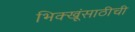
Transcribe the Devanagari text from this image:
भिक्खूंसाठीची